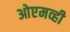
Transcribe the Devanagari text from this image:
ओएमव्ही